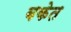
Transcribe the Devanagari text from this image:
बकेत